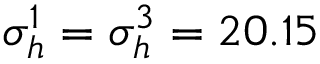
\sigma _ { h } ^ { 1 } = \sigma _ { h } ^ { 3 } = 2 0 . 1 5